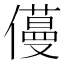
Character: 𠐎